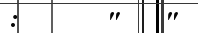
:      "   "